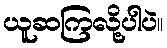
ယူဆကြလို့ပါပဲ။